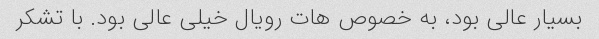
بسیار عالی بود، به خصوص هات رویال خیلی عالی بود. با تشکر